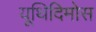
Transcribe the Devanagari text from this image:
यूथिदिमोस